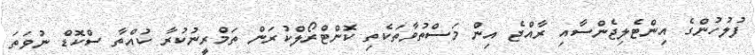
ފުލުހުންގެ އިންޓެލިޖެންސާއި ރާއްޖެ އިން މަސްތުވާތަކެތި ކޮންޓްރޯލްކުރަން ތަމްރީނުކުރާ ކުއްތާ ސްކޮޑް ނުވަތަ